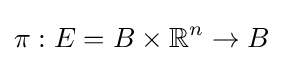
\pi :E=B\times \mathbb {R} ^{n}\to B